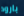
بارود